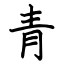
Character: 青